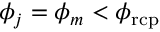
\phi _ { j } = \phi _ { m } < \phi _ { \mathrm { r c p } }